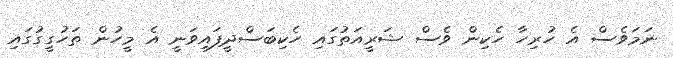
ނަމަވެސް އެ ހުރިހާ ހެކިން ވެސް ޝަރީއަތުގައި ހެކިބަސްދީފައިވަނީ އެ މީހުން ތަހުގީގުގައި